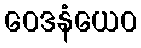
ဝေဒနံယေဝ